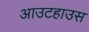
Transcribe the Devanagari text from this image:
आउटहाउस